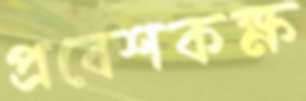
প্রবেশকক্ষ